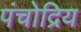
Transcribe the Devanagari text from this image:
पंचोद्रिय